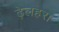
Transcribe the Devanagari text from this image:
ढ़ेलहरा